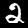
Label: 2